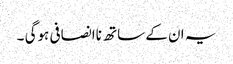
یہ ان کے ساتھ ناانصافی ہوگی ۔